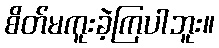
စိတ်မကူးခဲ့ကြပါဘူး။